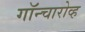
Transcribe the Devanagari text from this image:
गॉन्चारोव्ह